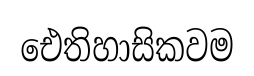
ඓතිහාසිකවම